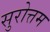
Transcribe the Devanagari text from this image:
सुरोत्तम